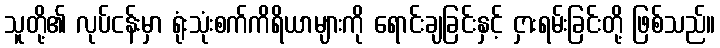
သူတို့၏ လုပ်ငန်းမှာ ရုံးသုံးစက်ကိရိယာများကို ရောင်းချခြင်းနှင့် ငှားရမ်းခြင်းတို့ ဖြစ်သည်။